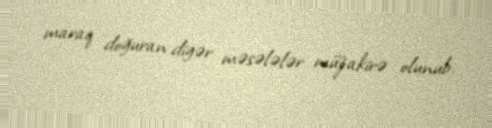
maraq doğuran digər məsələlər müzakirə olunub.